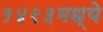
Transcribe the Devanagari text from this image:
१४२३मध्ये